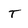
Character: T